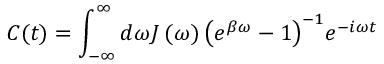
C ( t ) = \int _ { - \infty } ^ { \infty } { d \omega { { J } _ { { } } } \left( \omega \right) { { \left( { { e } ^ { \beta \omega } } - 1 \right) } ^ { - 1 } } } { { e } ^ { - i \omega t } }